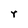
Character: r